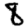
Digit: 8